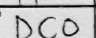
Transcription: DCO